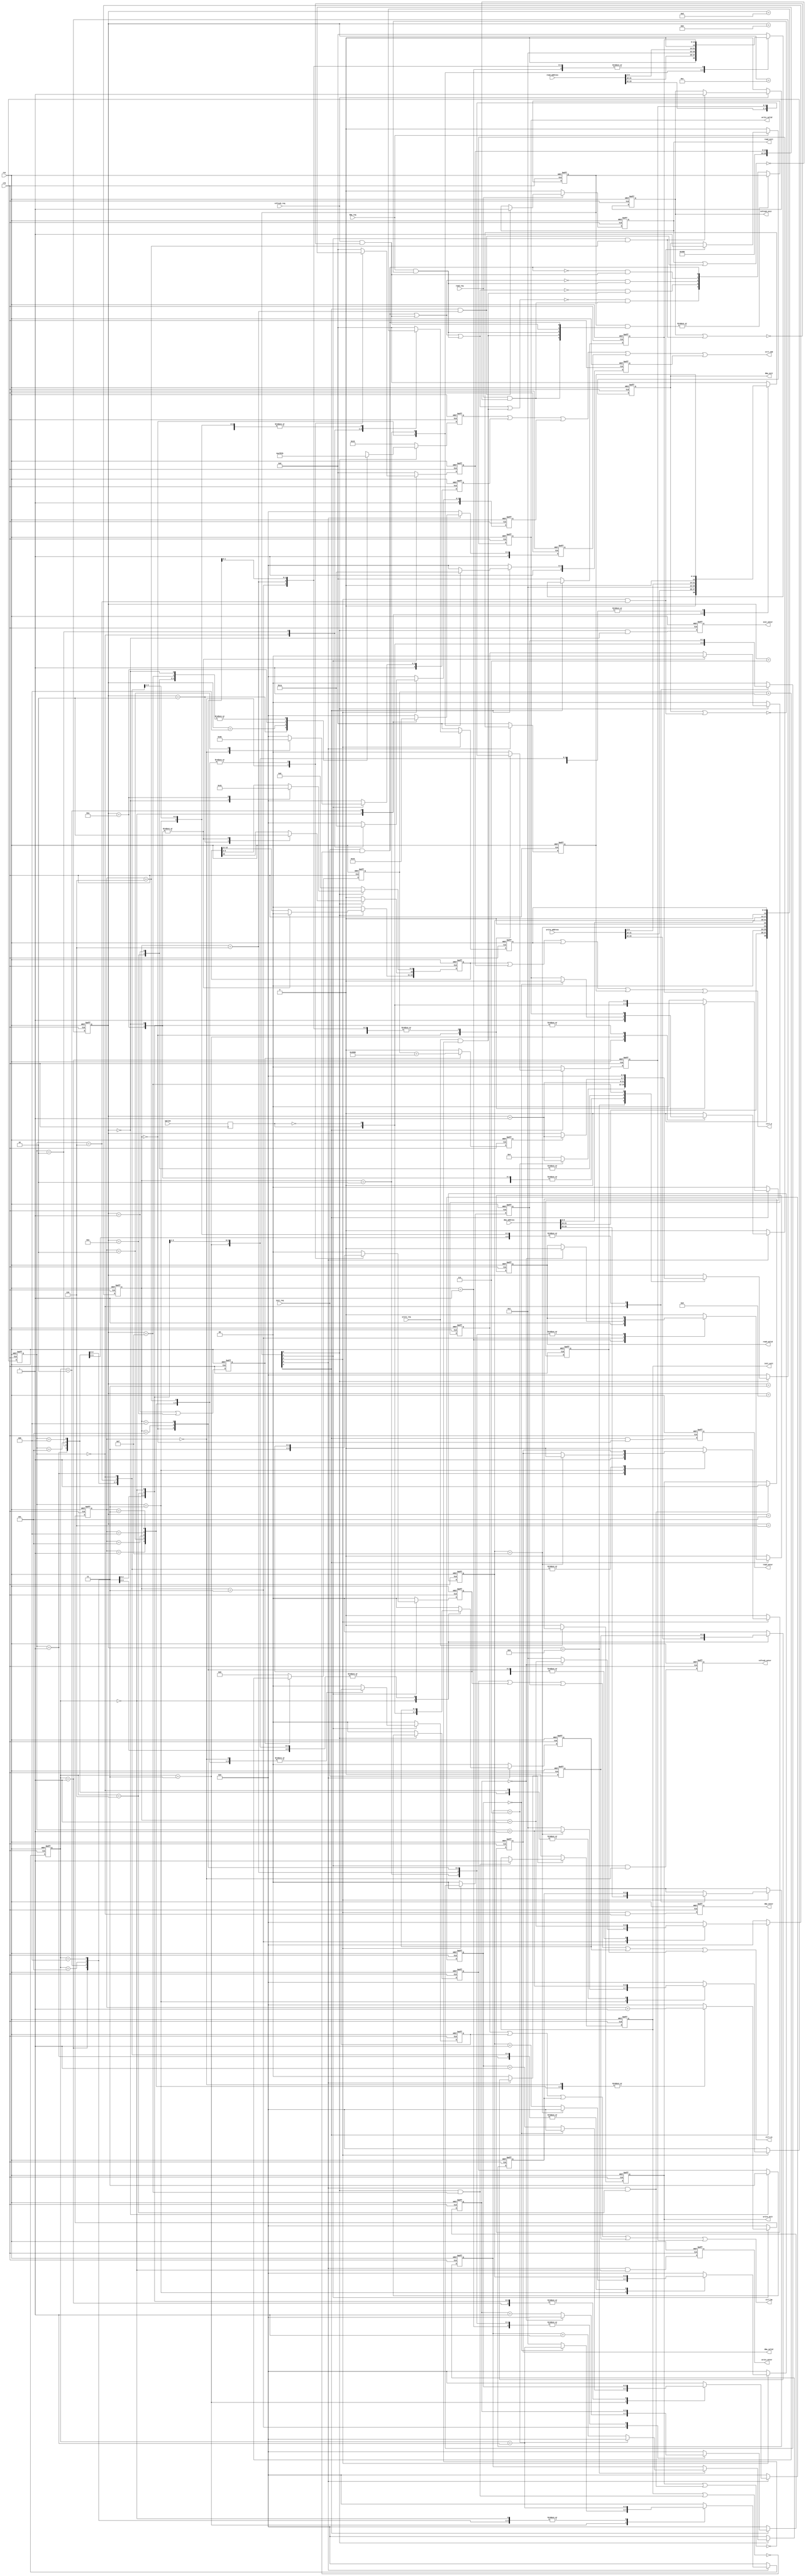

`timescale 1ps/1ps

// {cke,cs_n,ras_n,cas_n,we_n}
`define COMMAND_RES 5'b01000
`define COMMAND_NOP 5'b11000
`define COMMAND_DES 5'b10000
`define COMMAND_PAL 5'b11101
`define COMMAND_MRS 5'b11111
`define COMMAND_REF 5'b11110
`define COMMAND_ACT 5'b11100
`define COMMAND_WRI 5'b11011
`define COMMAND_REA 5'b11010

// state
`define S0 'd0
`define S1 'd1
`define S2 'd2
`define S3 'd3
`define S4 'd4
`define S5 'd5
`define S6 'd6
`define S7 'd7
`define S8 'd8
`define S9 'd9
`define S10 'd10
`define S11 'd11
`define S12 'd12
`define S13 'd13
`define S14 'd14
`define S15 'd15

module tessera_sdram_ctrl (
	res,
	clk,
	init_req,
	init_enter,
	init_exit,
	refresh_req,
	refresh_enter,
	refresh_exit,
	write_req,
	write_enter,
	write_valid,
	write_exit,
	write_address,
	read_req,
	read_enter,
	read_valid,
	read_exit,
	read_address,
	dma_req,
	dma_enter,
	dma_valid,
	dma_exit,
	dma_address,
	ctrl_cmd,
	ctrl_cs,
	ctrl_ba,
	ctrl_a,
	option
);
	input		res;
	input		clk;
	input		init_req;
	output		init_enter;
	output		init_exit;
	input		refresh_req;
	output		refresh_enter;
	output		refresh_exit;
	input		write_req;
	output		write_enter;
	output		write_valid;
	output		write_exit;
	input	[31:0]	write_address;
	input		read_req;
	output		read_enter;
	output		read_valid;
	output		read_exit;
	input	[31:0]	read_address;
	input		dma_req;
	output		dma_enter;
	output		dma_valid;
	output		dma_exit;
	input	[31:0]	dma_address;
	output	[4:0]	ctrl_cmd;
	output	[1:0]	ctrl_cs;
	output	[1:0]	ctrl_ba;
	output	[12:0]	ctrl_a;
	input		option;

	//
	// address
	//
	wire	[31:0]	next_wri_adr;
	wire	[31:0]	next_rea_adr;
	wire	[31:0]	next_dma_adr;
	//
	wire	[11:0]	next_wri_adr_col;
	wire	[11:0]	next_rea_adr_col;
	wire	[11:0]	next_dma_adr_col;
	//
	wire	[12:0]	next_wri_adr_row;
	wire	[12:0]	next_rea_adr_row;
	wire	[12:0]	next_dma_adr_row;
	//
	wire	[1:0]	next_wri_ba;
	wire	[1:0]	next_rea_ba;
	wire	[1:0]	next_dma_ba;
	//
	wire	[1:0]	next_wri_cs;
	wire	[1:0]	next_rea_cs;
	wire	[1:0]	next_dma_cs;
	//
	//assign next_wri_adr = {8'h00,write_address[23:0]}; // limit,so wishbone arbiter is pass_through uper bit
	//assign next_rea_adr = {8'h00, read_address[23:0]}; // limit,so wishbone arbiter is pass_through uper bit
	//assign next_dma_adr = {8'h00,  dma_address[23:0]}; // limit,so wishbone arbiter is pass_through uper bit

	reg		pre_option;
	always @(posedge clk) pre_option <= option;
	assign next_wri_adr = {7'h00,pre_option,write_address[23:0]};	// limit,so wishbone arbiter is pass_through uper bit
	assign next_rea_adr = {7'h00,pre_option,read_address[23:0]};	// limit,so wishbone arbiter is pass_through uper bit
	assign next_dma_adr = {7'h00,pre_option,dma_address[23:0]};	// limit,so wishbone arbiter is pass_through uper bit

	
// 64MBit: x16 SDRAM
// 12bit(A12-A11,A9-A0)	->col 8it(3bit not use)
// 13bit(A12-A0)	->row 12bit(1bit not use)
// 2bit			->ba
// 2bit			->cs
//	assign next_wri_adr_col		= {4'b0000,next_wri_adr[8:2],1'b0};
//	assign next_rea_adr_col		= {4'b0000,next_rea_adr[8:2],1'b0};
//	assign next_dma_adr_col		= {4'b0000,next_dma_adr[8:2],1'b0};
//	//
//	assign next_wri_adr_row		= {1'b0,next_wri_adr[20:9]};
//	assign next_rea_adr_row		= {1'b0,next_rea_adr[20:9]};
//	assign next_dma_adr_row		= {1'b0,next_dma_adr[20:9]};
//	//	
//	assign next_wri_ba		= next_wri_adr[22:21];
//	assign next_rea_ba		= next_rea_adr[22:21];
//	assign next_dma_ba		= next_dma_adr[22:21];
//	//
//	assign next_wri_cs		= {next_wri_adr[23],!next_wri_adr[23]};
//	assign next_rea_cs		= {next_rea_adr[23],!next_rea_adr[23]};
//	assign next_dma_cs		= {next_dma_adr[23],!next_dma_adr[23]};


// 128MBit: x16 SDRAM
// 12bit(A12-A11,A9-A0)	->col 9it(3bit not use)
// 13bit(A12-A0)	->row 12bit(1bit not use)
// 2bit			->ba
// 2bit			->cs
 	assign next_wri_adr_col		= {3'b000,next_wri_adr[9:2],1'b0};
	assign next_rea_adr_col		= {3'b000,next_rea_adr[9:2],1'b0};
	assign next_dma_adr_col		= {3'b000,next_dma_adr[9:2],1'b0};
	//
	assign next_wri_adr_row		= {1'b0,next_wri_adr[21:10]};
	assign next_rea_adr_row		= {1'b0,next_rea_adr[21:10]};
	assign next_dma_adr_row		= {1'b0,next_dma_adr[21:10]};
	//	
	assign next_wri_ba		= next_wri_adr[23:22];
	assign next_rea_ba		= next_rea_adr[23:22];
	assign next_dma_ba		= next_dma_adr[23:22];
	//
	assign next_wri_cs		= {next_wri_adr[24],!next_wri_adr[24]};
	assign next_rea_cs		= {next_rea_adr[24],!next_rea_adr[24]};
	assign next_dma_cs		= {next_dma_adr[24],!next_dma_adr[24]};

// 256MBit: x16 SDRAM
// 12bit(A12-A11,A9-A0)	->col 9it(3bit not use)
// 13bit(A12-A0)	->row 13bit
// 2bit			->ba
// 2bit			->cs
// 	assign next_wri_adr_col		= {3'b000,next_wri_adr[9:2],1'b0};
//	assign next_rea_adr_col		= {3'b000,next_rea_adr[9:2],1'b0};
//	assign next_dma_adr_col		= {3'b000,next_dma_adr[9:2],1'b0};
//	//
//	assign next_wri_adr_row		= next_wri_adr[22:10];
//	assign next_rea_adr_row		= next_rea_adr[22:10];
//	assign next_dma_adr_row		= next_dma_adr[22:10];
//	//	
//	assign next_wri_ba		= next_wri_adr[24:23];
//	assign next_rea_ba		= next_rea_adr[24:23];
//	assign next_dma_ba		= next_dma_adr[24:23];
//	//
//	assign next_wri_cs		= {next_wri_adr[25],!next_wri_adr[25]};
//	assign next_rea_cs		= {next_rea_adr[25],!next_rea_adr[25]};
//	assign next_dma_cs		= {next_dma_adr[25],!next_dma_adr[25]};

	//
	// gnt execute
	//
	wire		init_eve;
	wire		write_eve;
	wire		dma_eve;
	wire		refresh_eve;
	wire		read_eve;
	wire	[4:0]	next_execute;
	reg	[4:0]	gnt_execute;
	wire		init_syn;
	wire		refresh_syn;
	wire		dma_syn;
	wire		write_syn;
	wire		read_syn;
	wire		init_fin;
	wire		refresh_fin;
	wire		dma_fin;
	wire		write_fin;
	wire		read_fin;
	//
	// initilize(0)
	//
	reg	[4:0]	ini_cmd;
	reg	[1:0]	ini_cs;
	reg	[1:0]	ini_ba;
	reg	[12:0]	ini_adr;
	reg	[3:0]	ini_sta;
	reg	[3:0]	ini_sub;
	reg		timer_enable;
	reg	[15:0]	timer;
	reg		timer_expire;
	//
	// refresh(1)
	//
	reg	[4:0]	ref_cmd;
	reg	[1:0]	ref_cs;
	reg	[1:0]	ref_ba;
	reg	[12:0]	ref_adr;
	reg	[3:0]	ref_sta;
	//
	// dma(2)
	//
	reg	[4:0]	dma_cmd;
	reg	[1:0]	dma_cs;
	reg	[1:0]	dma_ba;
	reg	[12:0]	dma_adr;
	reg	[3:0]	dma_sta;
	reg	[3:0]	dma_sub;
	reg		dma_val;
	//
	// write(3)
	//
	reg	[4:0]	wri_cmd;
	reg	[1:0]	wri_cs;
	reg	[1:0]	wri_ba;
	reg	[12:0]	wri_adr;
	reg	[3:0]	wri_sta;
	reg	[3:0]	wri_sub;
	reg		wri_val;
	//
	// read(4)
	//
	reg	[4:0]	rea_cmd;
	reg	[1:0]	rea_cs;
	reg	[1:0]	rea_ba;
	reg	[12:0]	rea_adr;
	reg	[3:0]	rea_sta;
	reg	[3:0]	rea_sub;
	reg		rea_val;
	//
	// output signal
	//
	reg		init_enter;
	reg		refresh_enter;
	reg		dma_enter;
	reg		write_enter;
	reg		read_enter;
	//
	reg		init_exit;
	reg		refresh_exit;
	reg		dma_exit;		
	reg		write_exit;
	reg		read_exit;
//
// bus arbitor
//
	//
	// external bus fast release
	//
	assign    init_eve	=    init_req && !(   init_exit||   init_fin);
	assign   write_eve	=   write_req && !(  write_exit||  write_fin);
	assign     dma_eve	=     dma_req && !(    dma_exit||    dma_fin);
	assign refresh_eve	= refresh_req && !(refresh_exit||refresh_fin);
	assign    read_eve	=    read_req && !(   read_exit||   read_fin);
	assign next_execute = {
		 !(init_eve||refresh_eve||dma_eve||write_eve) &&    read_eve,	// low priority
		 !(init_eve||refresh_eve||dma_eve)            &&   write_eve,
		 !(init_eve||refresh_eve)                     &&     dma_eve,
		 !(init_eve)                                  && refresh_eve,
		                                                    init_eve	// high priority
	};
	always @(posedge clk or posedge res)
		if (res) gnt_execute <= 5'b00000;
		else if (
			!(
				|(gnt_execute[4:0]&{read_eve,write_eve,dma_eve,refresh_eve,init_eve})
			)
		) gnt_execute <= next_execute;
	//
	// external bus slow release
	//
	//assign next_execute = {
	//	 !(init_req||refresh_req||dma_req||write_req) && read_req,	// low priority
	//	 !(init_req||refresh_req||dma_req)            && write_req,
	//	 !(init_req||refresh_req)                     && dma_req,
	//	 !(init_req)                                  && refresh_req,
	//	                                                 init_req	// high priority
	//};
	//always @(posedge clk or posedge res)
	//	if (res) gnt_execute <= 5'b00000;
	//	else if (
	//		!(
	//			|(gnt_execute[4:0]&{read_req,write_req,dma_req,refresh_req,init_req})
	//		)
	//	) gnt_execute <= next_execute;
//
// output signal
//
	assign    init_syn	= (gnt_execute[0]&&(ini_sta==`S0));
	assign refresh_syn	= (gnt_execute[1]&&(ref_sta==`S0));
	assign     dma_syn	= (gnt_execute[2]&&(dma_sta==`S0));
	assign   write_syn	= (gnt_execute[3]&&(wri_sta==`S0));
	assign    read_syn	= (gnt_execute[4]&&(rea_sta==`S0));

	assign    init_fin	= (gnt_execute[0]&&(ini_sta==`S15));
	assign refresh_fin	= (gnt_execute[1]&&(ref_sta==`S6));
	assign     dma_fin	= (gnt_execute[2]&&(dma_sta==`S6));
	assign   write_fin	= (gnt_execute[3]&&(wri_sta==`S6));
	assign    read_fin	= (gnt_execute[4]&&(rea_sta==`S6));

	always @(posedge clk or posedge res)
		if (res) begin
			init_enter	<= 1'b0;
			refresh_enter	<= 1'b0;
			dma_enter	<= 1'b0;
			write_enter	<= 1'b0;
			read_enter	<= 1'b0;
			//
			init_exit	<= 1'b0;
			refresh_exit	<= 1'b0;
			dma_exit	<= 1'b0;
			write_exit	<= 1'b0;
			read_exit	<= 1'b0;
		end
		else begin
			init_enter	<=    init_syn;
			refresh_enter	<= refresh_syn;
			dma_enter	<=     dma_syn;
			write_enter	<=   write_syn;
			read_enter	<=    read_syn;
			//
			//init_exit	<=    init_fin;								//external bus slow release
			//refresh_exit	<= refresh_fin;								//external bus slow release
			//dma_exit	<=     dma_fin;								//external bus slow release
			//write_exit	<=   write_fin;								//external bus slow release
			//read_exit	<=    read_fin;								//external bus slow release
			init_exit	<= (!   init_req) ? 1'b0: (   init_fin) ? 1'b1:    init_exit;		//external bus fast release
			refresh_exit	<= (!refresh_req) ? 1'b0: (refresh_fin) ? 1'b1: refresh_exit;		//external bus fast release
			dma_exit	<= (!    dma_req) ? 1'b0: (    dma_fin) ? 1'b1:     dma_exit;		//external bus fast release
			write_exit	<= (!  write_req) ? 1'b0: (  write_fin) ? 1'b1:   write_exit;		//external bus fast release
			read_exit	<= (!   read_req) ? 1'b0: (   read_fin) ? 1'b1:    read_exit;		//external bus fast release
		end
	assign ctrl_cmd		= ini_cmd | ref_cmd | dma_cmd | wri_cmd | rea_cmd;
	assign ctrl_cs		= ini_cs  | ref_cs  | dma_cs  | wri_cs  | rea_cs;
	assign ctrl_ba		= ini_ba  | ref_ba  | dma_ba  | wri_ba  | rea_ba;
	assign ctrl_a		= ini_adr | ref_adr | dma_adr | wri_adr | rea_adr;
	assign dma_valid	= dma_val;
	assign read_valid	= rea_val;
	assign write_valid	= wri_val;
//
// initilize(0)
//
	always @(posedge clk or posedge res)
		if (res)  timer_enable <= 1'b0;
		else      timer_enable <= (ini_sta==`S1)||(ini_sta==`S14);
	always @(posedge clk or posedge res)
		if (res) 		timer <= 16'd0;
		else if (!timer_enable)	timer <= 16'd0;
		else			timer <= timer + 16'd1;
	always @(posedge clk or posedge res)
		if (res)		timer_expire <= 1'b0;
		else if (!timer_enable)	timer_expire <= 1'b0;
		else 			timer_expire <= (timer==16'd16384);
	always @(posedge clk or posedge res)
		if (res) begin
			ini_cmd	<= `COMMAND_RES;
			ini_cs	<= 2'b11;		// all cs
			ini_ba	<= 2'b00;
			ini_adr	<= 13'd0;
			ini_sta	<= `S0;
			ini_sub <= `S0;
		end
		else if (!gnt_execute[0]) begin
			ini_cmd	<= `COMMAND_DES;
			ini_cs	<= 2'b00;
			ini_ba	<= 2'b00;
			ini_adr	<= 13'd0;
			ini_sta	<= `S0;
			ini_sub <= `S0;
		end
		else case (ini_sta[3:0])
			`S0: begin							// power on
				ini_cmd	<= `COMMAND_DES;
				ini_cs	<= 2'b11; // all cs
				ini_ba	<= 2'b00;
				ini_adr	<= 13'd0;
				ini_sta	<= ini_sta + 4'd1;
			end
			`S1: begin
				ini_cmd	<= `COMMAND_DES;
				if (timer_expire) ini_sta <= ini_sta + 4'd1;		// wait
			end
			`S2: begin							// init sequence
				ini_cmd	<= `COMMAND_PAL;
				ini_adr[10] <= 1'b1;
				ini_sta	<= ini_sta + 4'd1;
			end
			`S3: begin
				ini_cmd	<= `COMMAND_DES;
				//ini_adr[10] <= 1'b0;
				ini_sta	<= ini_sta + 4'd1;
			end
			`S4: begin
				ini_cmd	<= `COMMAND_REF;
				ini_sta	<= ini_sta + 4'd1;
			end
			`S5: begin
				ini_cmd	<= `COMMAND_DES;
				ini_sta	<= ini_sta + 4'd1;
			end
			`S6,`S7,`S8: begin
				ini_cmd	<= `COMMAND_DES;
				ini_sta	<= ini_sta + 4'd1;
			end
			`S9: begin
				ini_cmd	<= `COMMAND_DES;
				if (ini_sub==`S7) begin
					ini_sub <= `S0;
					ini_sta	<= ini_sta + 4'd1;
				end
				else begin
					ini_sub <= ini_sub + 3'd1;
					ini_sta	<= `S4;
				end
			end
			`S10: begin
				ini_cmd	<= `COMMAND_MRS;
				ini_ba	<= 2'b00;		//Reserved
                                ini_adr <= {
				       5'b0_0000,		//Reserved
				       1'b0,			//Reserved(0)
				       //3'b010,		//CL(2)
				       3'b011,			//CL(3)
				       1'b0,			//BurstType,
				       3'b001			//RDModeBurstLength
				};
				ini_sta	<= ini_sta + 4'd1;
			end
			`S11: begin
				ini_cmd	<= `COMMAND_DES;
				ini_sta	<= ini_sta + 4'd1;
			end
			`S12,`S13: begin
				ini_cmd	<= `COMMAND_DES;
				ini_sta	<= ini_sta + 4'd1;
			end
			`S14: begin
				ini_cmd	<= `COMMAND_DES;
				if (timer_expire) ini_sta <= ini_sta + 4'd1;		// wait
			end
			`S15: begin
				ini_cmd	<= `COMMAND_DES;
				ini_sta <= `S0;				//external bus fast releas
				//if (!init_req) ini_sta <= `S0;	//external bus slow release
			end
			default: begin
				ini_cmd	<= `COMMAND_DES;
				ini_cs	<= 2'b00;
				ini_ba	<= 2'b00;
				ini_adr	<= 13'd0;
				ini_sta	<= `S0;
			end
		endcase
//
// refresh(1)
//
	always @(posedge clk or posedge res)
		if (res) begin
			ref_cmd	<= `COMMAND_RES;
			ref_cs	<= 2'b11; // all cs
			ref_ba	<= 2'b00;
			ref_adr	<= 13'd0;
			ref_sta	<= `S0;
		end
		else if (!gnt_execute[1]) begin
			ref_cmd	<= `COMMAND_DES;
			ref_cs	<= 2'b00;
			ref_ba	<= 2'b00;
			ref_adr	<= 13'd0;
			ref_sta	<= `S0;
		end
		else case (ref_sta[3:0])
			`S0: begin
				ref_cmd	<= `COMMAND_PAL;
				ref_cs	<= 2'b11;				// all cs
				//ref_ba	<= 2'b00;
				ref_adr	<= {2'b00,1'b1,10'b00_0000_0000};	// all bank
				ref_sta	<= ref_sta + 4'd1;
			end
			`S1: begin
				ref_cmd	<= `COMMAND_DES; // tRP
				ref_sta	<= ref_sta + 4'd1;
			end
			`S2: begin
				ref_cmd	<= `COMMAND_REF;
				ref_sta	<= ref_sta + 4'd1;
			end
			`S3,`S4,`S5: begin // tRC
				ref_cmd	<= `COMMAND_DES;
				ref_sta	<= ref_sta + 4'd1;
			end
			`S6: begin
				ref_cmd	<= `COMMAND_DES;
				ref_sta <= `S0;				//external bus fast releas
				//if (!refresh_req) ref_sta <= `S0;	//external bus slow release
			end
			default: begin
				ref_cmd	<= `COMMAND_DES;
				ref_cs	<= 2'b00;
				ref_ba	<= 2'b00;
				ref_adr	<= 13'd0;
				ref_sta	<= `S0;
			end
		endcase
//
// dma(2)
//
	always @(posedge clk or posedge res)
		if (res) begin
			dma_cmd	<= `COMMAND_RES;
			dma_cs	<= 2'b11; // all cs
			dma_ba	<= 2'b00;
			dma_adr	<= 13'd0;
			dma_sta	<= `S0;
			dma_sub <= `S0;
			dma_val <= 1'b0;
		end
		else if (!gnt_execute[2]) begin
			dma_cmd	<= `COMMAND_DES;
			dma_cs	<= 2'b00;
			dma_ba	<= 2'b00;
			dma_adr	<= 13'd0;
			dma_sta <= `S0;
			dma_sub <= `S0;
			dma_val <= 1'b0;
		end
		else case (dma_sta[3:0])
			`S0: begin
				dma_cmd	<= `COMMAND_ACT;
				dma_cs	<= next_dma_cs;	 // only target cs
				dma_ba	<= next_dma_ba;
				dma_adr	<= next_dma_adr_row;
				dma_sta	<= dma_sta + 4'd1;
			end
			`S1: begin
				dma_cmd	<= `COMMAND_DES; // tRCD
				dma_sta	<= dma_sta + 4'd1;
				dma_val <= 1'b1;
			end
			`S2: begin // r1
				dma_cmd	<= `COMMAND_REA;
				//dma_adr <= {next_dma_adr_col[11:10],(dma_sub==`S7),next_dma_adr_col[9:4],dma_sub[2:0],1'b0}; // 8times&auto-precharge(last)
				dma_adr <= {next_dma_adr_col[11:10],(dma_sub==`S15),next_dma_adr_col[9:5],dma_sub[3:0],1'b0}; // 16times&auto-precharge(last)
				dma_sta	<= dma_sta + 4'd1;
			end
			`S3: begin
				dma_cmd	<= `COMMAND_DES;
				//if (dma_sub==`S7) begin
				if (dma_sub==`S15) begin
					dma_sub <= `S0;
					dma_sta <= dma_sta + 4'd1;
					dma_val <= 1'b0;
				end
				else begin
					dma_sub <= dma_sub + 4'd1;
					dma_sta <= `S2;
				end
			end
			`S4,`S5: begin
				dma_cmd	<= `COMMAND_DES;
				dma_sta	<= dma_sta + 4'd1;
			end
			`S6: begin
				dma_cmd	<= `COMMAND_DES;
				dma_sta <= `S0;				//external bus fast releas
				//if (!dma_req) dma_sta <= `S0;		//external bus slow release
			end
			default: begin
				dma_cmd	<= `COMMAND_DES;
				dma_cs	<= 2'b00;
				dma_ba	<= 2'b00;
				dma_adr	<= 13'd0;
				dma_sta <= `S0;
				dma_sub <= `S0;
				dma_val <= 1'b0;
			end
		endcase
//
// write(3)
//
	always @(posedge clk or posedge res)
		if (res) begin
			wri_cmd	<= `COMMAND_RES;
			wri_cs	<= 2'b11; // all cs
			wri_ba	<= 2'b00;
			wri_adr	<= 13'd0;
			wri_sta	<= `S0;
			wri_sub <= `S0;
			wri_val <= 1'b0;
		end
		else if (!gnt_execute[3]) begin
			wri_cmd	<= `COMMAND_DES;
			wri_cs	<= 2'b00;
			wri_ba	<= 2'b00;
			wri_adr	<= 13'd0;
			wri_sta	<= `S0;
			wri_sub <= `S0;
			wri_val <= 1'b0;
		end
		else case (wri_sta[3:0])
			`S0: begin
				wri_cmd	<= `COMMAND_ACT;
				wri_cs	<= next_wri_cs;	// only target cs
				wri_ba	<= next_wri_ba;
				wri_adr	<= next_wri_adr_row;
				wri_sta	<= wri_sta + 4'd1;
			end
			`S1: begin
				wri_cmd	<= `COMMAND_DES; // tRCD
				wri_sta	<= wri_sta + 4'd1;
				wri_val <= 1'b1;
			end
			`S2: begin
				wri_cmd	<= `COMMAND_WRI;
				//wri_adr <= {next_wri_adr_col[11:10],1'b1,next_wri_adr_col[9:2],2'b00};
				wri_adr <= {next_wri_adr_col[11:10],1'b1,next_wri_adr_col[9:0]};
				wri_sta	<= wri_sta + 4'd1;
			end
			`S3: begin
				wri_cmd	<= `COMMAND_DES;
				if (wri_sub==`S0) begin
					wri_sub <= `S0;
					wri_sta <= wri_sta + 4'd1;
					wri_val <= 1'b0;
				end
				else begin
					wri_sub <= wri_sub + 4'd1;
					wri_sta <= `S2;
				end
			end
			`S4,`S5: begin
				wri_cmd	<= `COMMAND_DES;
				wri_sta	<= wri_sta + 4'd1;
			end
			`S6: begin
				wri_cmd	<= `COMMAND_DES;
				wri_sta <= `S0;				//external bus fast releas
				//if (!write_req) wri_sta <= `S0;	//external bus slow release
			end
			default: begin
				wri_cmd	<= `COMMAND_DES;
				wri_cs	<= 2'b00;
				wri_ba	<= 2'b00;
				wri_adr	<= 13'd0;
				wri_sta	<= `S0;
				wri_sub <= `S0;
				wri_val <= 1'b0;
			end
		endcase
//
// read(4)
//
	always @(posedge clk or posedge res)
		if (res) begin
			rea_cmd	<= `COMMAND_RES;
			rea_cs	<= 2'b11;		// all cs
			rea_ba	<= 2'b00;
			rea_adr	<= 13'd0;
			rea_sta	<= `S0;
			rea_sub <= `S0;
			rea_val <= 1'b0;
		end
		else if (!gnt_execute[4]) begin
			rea_cmd	<= `COMMAND_DES;
			rea_cs	<= 2'b00;
			rea_ba	<= 2'b00;
			rea_adr	<= 13'd0;
			rea_sta <= `S0;
			rea_sub <= `S0;
			rea_val <= 1'b0;
		end
		else case (rea_sta[3:0])
			`S0: begin
				rea_cmd	<= `COMMAND_ACT;
				rea_cs	<= next_rea_cs;		// only target cs
				rea_ba	<= next_rea_ba;
				rea_adr	<= next_rea_adr_row;
				rea_sta	<= rea_sta + 4'd1;
			end
			`S1: begin
				rea_cmd	<= `COMMAND_DES; // tRCD
				rea_sta	<= rea_sta + 4'd1;
				rea_val <= 1'b1;
			end
			`S2: begin
				rea_cmd	<= `COMMAND_REA;
				//rea_adr <= {next_rea_adr_col[11:10],1'b1,next_rea_adr_col[9:2],2'b00};
				rea_adr <= {next_rea_adr_col[11:10],1'b1,next_rea_adr_col[9:0]};
				rea_sta	<= rea_sta + 4'd1;
			end
			`S3: begin
				rea_cmd	<= `COMMAND_DES;
				if (rea_sub==`S0) begin
					rea_sub <= `S0;
					rea_sta <= rea_sta + 4'd1;
					rea_val <= 1'b0;
				end
				else begin
					rea_sub <= rea_sub + 4'd1;
					rea_sta <= `S2;
				end
			end
			`S4,`S5: begin
				rea_cmd	<= `COMMAND_DES;
				rea_sta	<= rea_sta + 4'd1;
			end
			`S6: begin
				rea_cmd	<= `COMMAND_DES;
				rea_sta <= `S0;				//external bus fast release
				//if (!read_req) rea_sta <= `S0;	//external bus slow release
			end
			default: begin
				rea_cmd	<= `COMMAND_DES;
				rea_cs	<= 2'b00;
				rea_ba	<= 2'b00;
				rea_adr	<= 13'd0;
				rea_sta <= `S0;
				rea_sub <= `S0;
				rea_val <= 1'b0;
			end
		endcase

endmodule

module tessera_sdram_core (
	res,
	clk,
	write_req,
	write_byte,
	write_address,
	write_data,
	write_ack,
	read_req,
	read_byte,
	read_address,
	read_data,
	read_ack,
	dma_req,
	dma_address,
	dma_ack,
	dma_exist,
	dma_data,
	sdram_clk,
	sdram_cke,
	sdram_cs_n,
	sdram_ras_n,
	sdram_cas_n,
	sdram_we_n,
	sdram_dqm,
	sdram_ba,
	sdram_adr,
	sdram_d_i,
	sdram_d_oe,
	sdram_d_o,
	//
	option
);
	input		res;
	input		clk;
	input		write_req;
	input	[3:0]	write_byte;
	input	[31:0]	write_address;
	input	[31:0]	write_data;
	output		write_ack;
	input		read_req;
	input	[3:0]	read_byte;
	input	[31:0]	read_address;
	output	[31:0]	read_data;
	output		read_ack;
	input		dma_req;
	input	[31:0]	dma_address;
	output		dma_ack;
	output		dma_exist;
	output	[15:0]	dma_data;
	output		sdram_clk;
	output		sdram_cke;
	output	[1:0]	sdram_cs_n;
	output		sdram_ras_n;
	output		sdram_cas_n;
	output		sdram_we_n;
	output	[1:0]	sdram_dqm;
	output	[1:0]	sdram_ba;
	output	[12:0]	sdram_adr;
	input	[15:0]	sdram_d_i;
	output	[15:0]	sdram_d_oe;
	output	[15:0]	sdram_d_o;
	input		option;

	// init requester
	reg		init_req;
	wire		init_exit;
	always @(posedge clk or posedge res)
		if (res)		init_req <= 1'b1;
		else if (init_exit)	init_req <= 1'b0;

	// refresh requester
	reg	[7:0]	refresh_timer;
	wire		refresh_timer_expire;
	reg		refresh_req;
	wire		refresh_exit;
	assign refresh_timer_expire = (refresh_timer==8'd255);
	//assign refresh_timer_expire = (refresh_timer==8'd127);
	//assign refresh_timer_expire = (refresh_timer==8'd64);

	always @(posedge clk or posedge res)
		if (res)			refresh_timer <= 8'd0;
		else if (refresh_timer_expire)	refresh_timer <= 8'd0;
		else				refresh_timer <= refresh_timer + 8'd1;
	always @(posedge clk or posedge res)
		if (res)			refresh_req <= 1'b1;
		else if (refresh_exit)		refresh_req <= 1'b0;
		else if (refresh_timer_expire)	refresh_req <= 1'b1; // test is 0

	// input pre_rgiter(must include IOB)
	reg	[15:0]	ctrl_rd;
	always @(posedge clk or posedge res)
		if (res) begin
			ctrl_rd <= {2{8'h00}};
		end
		else begin
			ctrl_rd <= sdram_d_i;
		end
	
	// sdram_ctrl
	wire		write_enter;
	wire		write_exit;
	wire		write_valid;
	wire		read_enter;
	wire		read_valid;
	wire		read_exit;
	wire		dma_enter;
	wire		dma_exit;
	wire		dma_valid;
	wire	[4:0]	ctrl_cmd;
	wire	[1:0]	ctrl_cs;
	wire	[1:0]	ctrl_ba;
	wire	[12:0]	ctrl_a;
	tessera_sdram_ctrl i_tessera_sdram_ctrl (
		.res(		res),
		.clk(		clk),
		.init_req(	init_req),
		.init_enter(	/* not used */),
		.init_exit(	init_exit),
		.refresh_req(	refresh_req),
		.refresh_enter(	/* not used */),
		.refresh_exit(	refresh_exit),
		.write_req(	write_req),
		.write_enter(	write_enter),
		.write_valid(	/* not used */),
		.write_exit(	write_exit),
		.write_address(	write_address),
		.read_req(	read_req),
		.read_enter(	read_enter),
		.read_valid(	read_valid),
		.read_exit(	read_exit),
		.read_address(	read_address),
		.dma_req(	dma_req),
		.dma_enter(	dma_enter),
		.dma_exit(	dma_exit),
		.dma_valid(	dma_valid),
		.dma_address(	dma_address),
		.ctrl_cmd(	ctrl_cmd),
		.ctrl_cs(	ctrl_cs),
		.ctrl_ba(	ctrl_ba),
		.ctrl_a(	ctrl_a),
		.option(	option)
	);

	reg	[3:0]	read_exit_z;
	always @(posedge clk or posedge res)
		if (res) read_exit_z <= 4'b0000;
		else     read_exit_z <= {read_exit_z[2:0],read_exit};
	//assign read_ack	= read_exit_z[2]; // when latency 2 data&ack just
	assign read_ack		= read_exit_z[3]; // when latency 3 data&ack just
	assign write_ack	= write_exit;	// is ff_signal
	assign dma_ack		= dma_exit;	// is ff_signal

	// input valiad signal
	reg	[5:0]	dma_valid_z;
	reg	[5:0]	read_valid_z;
	always @(posedge clk or posedge res)
		if (res) begin
			dma_valid_z <= 6'b0_0000;
			read_valid_z <= 6'b0_0000;
		end
		else begin
			dma_valid_z <= {dma_valid_z[4:0],dma_valid};
			read_valid_z <= {read_valid_z[4:0],read_valid};
		end
	
	// enter signals
	reg		write_enter_z;
	reg	[8:0]	read_enter_z;
	reg	[8:0]	dma_enter_z;
	always @(posedge clk or posedge res)
		if (res) begin
			write_enter_z	<= 1'b0;
			read_enter_z	<= {9{1'b0}};
			dma_enter_z	<= {9{1'b0}};
		end
		else begin
			write_enter_z	<= write_enter;
			read_enter_z	<= {read_enter_z[7:0],read_enter};
			dma_enter_z	<= {dma_enter_z[7:0],dma_enter};
		end
		
	// WRITE BUFFER(LongAccess)
	reg	[3:0]	write_byte_temp;
	reg	[31:0]	write_data_temp;
	always @(posedge clk or posedge res)
		if (res) begin
			write_byte_temp <= {4{1'b0}};
			write_data_temp <= {4{8'h00}};
		end
		else begin
			write_byte_temp <= (write_enter_z) ? write_byte: {write_byte_temp[1:0],2'b00};				// write_dqm is none-latehcy(always)
			write_data_temp <= (write_enter_z) ? write_data: {write_data_temp[15:0],16'h00_00};
		end

	// READ BUFFER(LongAccess)
	reg	[3:0]	read_byte_temp;
	reg	[31:0]	read_data_temp;
	always @(posedge clk or posedge res)
		if (res) begin
			read_byte_temp <= {4{1'b0}};
			read_data_temp <= {4{8'h00}};
		end
		else begin
			//read_byte_temp <= (read_enter_z[0]) ? read_byte: {read_byte_temp[1:0],2'b00};				// read_dqm is 2latency
			read_byte_temp <= (read_enter_z[1]) ? read_byte: {read_byte_temp[1:0],2'b00};				// read_dqm is 3latency
			//read_data_temp <= (read_valid_z[4]) ? {read_data_temp[15:0],ctrl_rd}: read_data_temp;			// latch data(2latency)
			read_data_temp <= (read_valid_z[5]) ? {read_data_temp[15:0],ctrl_rd}: read_data_temp;			// latch data(3latency)
		end
	assign read_data = read_data_temp;

	// DMA BUFFER(8 x LongInt)
	reg	[63:0]	dma_byte_temp;
	reg	[15:0]	dma_data_temp;
	reg		dma_exist_temp;
	always @(posedge clk or posedge res)
		if (res) begin
			dma_byte_temp <= {64{1'b0}};
			dma_data_temp <= {2{8'h00}};
			dma_exist_temp <= 1'b0;
		end
		else begin
			//dma_byte_temp <= (dma_enter_z[0]) ? 64'hffff_ffff_ffff_ffff: {dma_byte_temp[61:0],2'b00};		// read_dqm is 2latency
			dma_byte_temp <= (dma_enter_z[1]) ? 64'hffff_ffff_ffff_ffff: {dma_byte_temp[61:0],2'b00};		// read_dqm is 3latency
			//dma_data_temp <= (dma_valid_z[4]) ? ctrl_rd: dma_data_temp;						// latch data(2latency)
			//dma_exist_temp <= dma_valid_z[4];									// flag(2latency)
			dma_data_temp <= (dma_valid_z[5]) ? ctrl_rd: dma_data_temp;						// latch data(3latency)
			dma_exist_temp <= dma_valid_z[5];									// flag(3latency)
		end
	assign dma_exist = dma_exist_temp;
	assign dma_data  = dma_data_temp;

	// output final regiter(must include IOB)
	reg		sdram_cke;
	reg	[1:0]	sdram_cs_n;
	reg		sdram_ras_n;
	reg		sdram_cas_n;
	reg		sdram_we_n;
	reg	[1:0]	sdram_dqm;
	reg	[1:0]	sdram_ba;
	reg	[12:0]	sdram_adr;
	reg	[15:0]	sdram_d_oe;
	reg	[15:0]	sdram_d_o;
	assign sdram_clk = clk;
	always @(posedge clk or posedge res)
		if (res) begin
			sdram_cke	<= 1'b0;
			sdram_cs_n	<= 1'b0;
			sdram_ras_n	<= 1'b1;
			sdram_cas_n	<= 1'b1;
			sdram_we_n	<= 1'b1;
			sdram_dqm	<= {2{1'b1}};
			sdram_ba	<= 2'b00;
			sdram_adr	<= 13'd0;
			sdram_d_oe	<= {2{8'h00}};
			sdram_d_o	<= {2{8'h00}};
		end
		else begin
			sdram_cke	<= ctrl_cmd[4];
			sdram_cs_n	<= ~(ctrl_cs&{2{ctrl_cmd[3]}});
			sdram_ras_n	<= !ctrl_cmd[2];
			sdram_cas_n	<= !ctrl_cmd[1];
			sdram_we_n	<= !ctrl_cmd[0];
			sdram_dqm	<= ~( {(write_byte_temp[3]||read_byte_temp[3]||dma_byte_temp[63]),(write_byte_temp[2]||read_byte_temp[2]||dma_byte_temp[62])} );
			sdram_ba	<= ctrl_ba&{2{ctrl_cmd[3]}};
			sdram_adr	<= ctrl_a&{13{ctrl_cmd[3]}};
			sdram_d_oe	<= { {8{write_byte_temp[3]}},{8{write_byte_temp[2]}} };
			sdram_d_o	<= write_data_temp[31:16];
		end
endmodule

module tessera_sdram_wbif (
	res,
	clk,
	wb_cyc_i,
	wb_stb_i,
	wb_adr_i,
	wb_sel_i,
	wb_we_i,
	wb_dat_i,
	wb_cab_i,
	wb_dat_o,
	wb_ack_o,
	wb_err_o,
	write_req,
	write_byte,
	write_address,
	write_data,
	write_ack,
	read_req,
	read_byte,
	read_address,
	read_data,
	read_ack
);
	input		res;
	input		clk;
	input		wb_cyc_i;
	input		wb_stb_i;
	input	[31:0]	wb_adr_i;
	input	[3:0]	wb_sel_i;
	input		wb_we_i;
	input	[31:0]	wb_dat_i;
	input		wb_cab_i;
	output	[31:0]	wb_dat_o;
	output		wb_ack_o;
	output		wb_err_o;
	output		write_req;
	output	[3:0]	write_byte;
	output	[31:0]	write_address;
	output	[31:0]	write_data;
	input		write_ack;
	output		read_req;
	output	[3:0]	read_byte;
	output	[31:0]	read_address;
	input	[31:0]	read_data;
	input		read_ack;
	//
	//
	//
	assign wb_err_o = 1'b0;
	//
	//
	//
	reg		write_ack_z;
	reg		read_ack_z;
	reg		wb_ack;
	always @(posedge clk or posedge res)
		if (res)	write_ack_z <= 1'b0;
		else		write_ack_z <= write_ack;
	always @(posedge clk or posedge res)
		if (res)	read_ack_z <= 1'b0;
		else		read_ack_z <= read_ack;
	always @(posedge clk or posedge res)
		if (res)	wb_ack <= 1'b0;
		//else		wb_ack <= (write_ack_z&&!write_ack)||(read_ack_z&&!read_ack); // release negedge ack(late)
		else		wb_ack <= (!write_ack_z&&write_ack)||(!read_ack_z&&read_ack); // release posedge ack(fast)
	assign wb_ack_o = (wb_cyc_i&&wb_stb_i) ? wb_ack: 1'b0;
	//
	//
	//
	reg	[31:0]	wb_dat;
	always @(posedge clk or posedge res)
		if (res)	wb_dat <= {4{8'h00}};
		else		wb_dat <= read_data;
	assign wb_dat_o = (wb_cyc_i&&wb_stb_i) ? wb_dat[31:0]: {4{8'h00}};
	//
	//
	//
	reg	[3:0]	write_byte;
	reg	[31:0]	write_address;
	reg	[31:0]	write_data;
	//
	reg	[3:0]	read_byte;
	reg	[31:0]	read_address;
	always @(posedge clk or posedge res)
		if (res) begin
			write_byte	<= {4{1'b0}};
			write_address	<= 32'd0;
			write_data	<= {4{8'h00}};
			//
			read_byte	<= {4{1'b0}};
			read_address	<= 32'd0;
		end
		else begin
			write_byte	<= wb_sel_i;
			write_address	<= wb_adr_i; // masking controler,{8'd0,wb_adr_i[23:0]};
			write_data	<= wb_dat_i;
			//
			read_byte	<= wb_sel_i;
			read_address	<= wb_adr_i; // masking controler,{8'd0,wb_adr_i[23:0]};
		end
	//
	//
	//
	reg		write_req;
	reg		read_req;
	always @(posedge clk or posedge res)
		if (res)									write_req <= 1'b0;
		else if (write_ack)								write_req <= 1'b0;
		else if (wb_cyc_i && wb_stb_i && !wb_ack_o && !write_ack_z && wb_we_i)		write_req <= 1'b1; // wait ack low
		
	always @(posedge clk or posedge res)
		if (res)									read_req <= 1'b0;
		else if (read_ack)								read_req <= 1'b0;
		else if (wb_cyc_i && wb_stb_i && !wb_ack_o && !read_ack_z  && !wb_we_i)		read_req <= 1'b1; // wait ack low

endmodule

module tessera_sdram (
	sys_wb_res,
	sys_wb_clk,
	sys_sdram_res,
	sys_sdram_clk,
	wb_cyc_i,
	wb_stb_i,
	wb_adr_i,
	wb_sel_i,
	wb_we_i,
	wb_dat_i,
	wb_cab_i,
	wb_dat_o,
	wb_ack_o,
	wb_err_o,
	dma_req,
	dma_address,
	dma_ack,
	dma_exist,
	dma_data,
	sdram_clk,
	sdram_cke,
	sdram_cs_n,
	sdram_ras_n,
	sdram_cas_n,
	sdram_we_n,
	sdram_dqm,
	sdram_ba,
	sdram_a,
	sdram_d_i,
	sdram_d_oe,
	sdram_d_o,
	//
	option
);
	// system
	input		sys_wb_res;
	input		sys_wb_clk;
	input		sys_sdram_res;
	input		sys_sdram_clk;
	// WishBone Slave
	input		wb_cyc_i;
	input		wb_stb_i;
	input	[31:0]	wb_adr_i;
	input	[3:0]	wb_sel_i;
	input		wb_we_i;
	input	[31:0]	wb_dat_i;
	input		wb_cab_i;
	output	[31:0]	wb_dat_o;
	output		wb_ack_o;
	output		wb_err_o;
	// Dma
	input		dma_req;
	input	[31:0]	dma_address;
	output		dma_ack;
	output		dma_exist;
	output	[15:0]	dma_data;
	// External SDRAM
	output		sdram_clk;
	output		sdram_cke;
	output	[1:0]	sdram_cs_n;
	output		sdram_ras_n;
	output		sdram_cas_n;
	output		sdram_we_n;
	output	[1:0]	sdram_dqm;
	output	[1:0]	sdram_ba;
	output	[12:0]	sdram_a;
	input	[15:0]	sdram_d_i;
	output	[15:0]	sdram_d_oe;
	output	[15:0]	sdram_d_o;
	// test
	input		option;

// sdram_wbif
	wire		wbif_write_req;
	wire	[3:0]	wbif_write_byte;
	wire	[31:0]	wbif_write_address;
	wire	[31:0]	wbif_write_data;
	//wire		wbif_write_ack;
	reg		wbif_write_ack;
	wire		wbif_read_req;
	wire	[3:0]	wbif_read_byte;
	wire	[31:0]	wbif_read_address;
	wire	[31:0]	wbif_read_data;
	//wire		wbif_read_ack;
	reg		wbif_read_ack;

// sdram_core
	//wire		core_write_req;
	reg		core_write_req;
	wire	[3:0]	core_write_byte;
	wire	[31:0]	core_write_address;
	wire	[31:0]	core_write_data;
	wire		core_write_ack;
	//wire		core_read_req;
	reg		core_read_req;
	wire	[3:0]	core_read_byte;
	wire	[31:0]	core_read_address;
	wire	[31:0]	core_read_data;
	wire		core_read_ack;

	// sdram_wbif(DOMAIN WinsboneClock)
	tessera_sdram_wbif i_tessera_sdram_wbif (
		.res(		sys_wb_res),
		.clk(		sys_wb_clk),
		.wb_cyc_i(	wb_cyc_i),
		.wb_stb_i(	wb_stb_i),
		.wb_adr_i(	wb_adr_i),
		.wb_sel_i(	wb_sel_i),
		.wb_we_i(	wb_we_i),
		.wb_dat_i(	wb_dat_i),
		.wb_cab_i(	wb_cab_i),
		.wb_dat_o(	wb_dat_o),
		.wb_ack_o(	wb_ack_o),
		.wb_err_o(	wb_err_o),
		.write_req(	wbif_write_req),	// is ff
		.write_byte(	wbif_write_byte),	// is ff
		.write_address(	wbif_write_address),	// is ff
		.write_data(	wbif_write_data),	// is ff
		.write_ack(	wbif_write_ack),
		.read_req(	wbif_read_req),		// is ff
		.read_byte(	wbif_read_byte),	// is ff
		.read_address(	wbif_read_address),	// is ff
		.read_data(	wbif_read_data),
		.read_ack(	wbif_read_ack)
	);

//
// no-mt1-mt2(TYPE A:same clock)
// 
// sync (sys_wbif_clk<=>sys_sdram_clk) , small & fastpath , danger
/*
	// sd to wb
	assign wbif_write_ack		= core_write_ack;
	assign wbif_read_data		= core_read_data;
	assign wbif_read_ack		= core_read_ack;
	// wb to sd
	assign core_write_req		= wbif_write_req;
	assign core_write_byte		= wbif_write_byte;
	assign core_write_address	= wbif_write_address;
	assign core_write_data		= wbif_write_data;
	assign core_read_req		= wbif_read_req;
	assign core_read_byte		= wbif_read_byte;
	assign core_read_address	= wbif_read_address;
*/
//
// only startpoint(TYPE B:same clock,pos<->neg,timeing is safety)
//
// sync
// sd to wb
/*
	reg		mt_write_ack;
	reg	[31:0]	mt_read_data;
	reg		mt_read_ack;
	always @(posedge sys_wb_clk or posedge sys_wb_res)
		if (sys_wb_res) begin
			mt_write_ack		<= 1'b0;
			mt_read_data		<= {4{8'h00}};
			mt_read_ack		<= 1'b0;
		end
		else begin
			mt_write_ack		<= core_write_ack;
			mt_read_data		<= core_read_data;
			mt_read_ack		<= core_read_ack;
		end
	reg		mt_write_req;
	reg	[3:0]	mt_write_byte;
	reg	[31:0]	mt_write_address;
	reg	[31:0]	mt_write_data;
	reg		mt_read_req;
	reg	[3:0]	mt_read_byte;
	reg	[31:0]	mt_read_address;
	always @(posedge sys_sdram_clk or posedge sys_sdram_res)
		if (sys_sdram_res) begin
			mt_write_req		<= 1'b0;
			mt_write_byte		<= {4{1'b0}};
			mt_write_address	<= 32'd0;
			mt_write_data		<= {4{8'h00}};
			mt_read_req		<= 1'b0;
			mt_read_byte		<= {4{1'b0}};
			mt_read_address		<= 32'd0;
		end
		else begin
			mt_write_req		<= wbif_write_req;
			mt_write_byte		<= wbif_write_byte;
			mt_write_address	<= wbif_write_address;
			mt_write_data		<= wbif_write_data;
			mt_read_req		<= wbif_read_req;
			mt_read_byte		<= wbif_read_byte;
			mt_read_address		<= wbif_read_address;
		end
	// sd to wb
	assign wbif_write_ack		= mt_write_ack;
	assign wbif_read_data		= mt_read_data;
	assign wbif_read_ack		= mt_read_ack;
	// wb to sd
	assign core_write_req		= mt_write_req;
	assign core_write_byte		= mt_write_byte;
	assign core_write_address	= mt_write_address;
	assign core_write_data		= mt_write_data;
	assign core_read_req		= mt_read_req;
	assign core_read_byte		= mt_read_byte;
	assign core_read_address	= mt_read_address;
*/
//
// mt1 mt2(TYPE C:other clock)
//
// not need to sync (sys_wbif_clk<=>sys_sdram_clk)
// sd to wb
	reg		mt1_write_ack;
	reg	[31:0]	mt1_read_data;
	reg		mt1_read_ack;
	always @(posedge sys_wb_clk or posedge sys_wb_res)
		if (sys_wb_res) begin
			mt1_write_ack		<= 1'b0;
			mt1_read_data		<= {4{8'h00}};
			mt1_read_ack		<= 1'b0;
		end
		else begin
			mt1_write_ack		<= core_write_ack;
			mt1_read_data		<= core_read_data;
			mt1_read_ack		<= core_read_ack;
		end
	reg		mt2_write_ack;
	reg	[31:0]	mt2_read_data;
	reg		mt2_read_ack;
	always @(posedge sys_wb_clk or posedge sys_wb_res)
		if (sys_wb_res) begin
			mt2_write_ack		<= 1'b0;
			mt2_read_data		<= {4{8'h00}};
			mt2_read_ack		<= 1'b0;
		end
		else begin
			mt2_write_ack		<= mt1_write_ack;
			mt2_read_data		<= mt1_read_data;
			mt2_read_ack		<= mt1_read_ack;
		end
	reg		mt1_write_req;
	reg	[3:0]	mt1_write_byte;
	reg	[31:0]	mt1_write_address;
	reg	[31:0]	mt1_write_data;
	reg		mt1_read_req;
	reg	[3:0]	mt1_read_byte;
	reg	[31:0]	mt1_read_address;
	always @(posedge sys_sdram_clk or posedge sys_sdram_res)
		if (sys_sdram_res) begin
			mt1_write_req		<= 1'b0;
			mt1_write_byte		<= {4{1'b0}};
			mt1_write_address	<= 32'd0;
			mt1_write_data		<= {4{8'h00}};
			mt1_read_req		<= 1'b0;
			mt1_read_byte		<= {4{1'b0}};
			mt1_read_address	<= 32'd0;
		end
		else begin
			mt1_write_req		<= wbif_write_req;
			mt1_write_byte		<= wbif_write_byte;
			mt1_write_address	<= wbif_write_address;
			mt1_write_data		<= wbif_write_data;
			mt1_read_req		<= wbif_read_req;
			mt1_read_byte		<= wbif_read_byte;
			mt1_read_address	<= wbif_read_address;
		end
	reg		mt2_write_req;
	reg	[3:0]	mt2_write_byte;
	reg	[31:0]	mt2_write_address;
	reg	[31:0]	mt2_write_data;
	reg		mt2_read_req;
	reg	[3:0]	mt2_read_byte;
	reg	[31:0]	mt2_read_address;
	always @(posedge sys_sdram_clk or posedge sys_sdram_res)
		if (sys_sdram_res) begin
			mt2_write_req		<= 1'b0;
			mt2_write_byte		<= {4{1'b0}};
			mt2_write_address	<= 32'd0;
			mt2_write_data		<= {4{8'h00}};
			mt2_read_req		<= 1'b0;
			mt2_read_byte		<= {4{1'b0}};
			mt2_read_address	<= 32'd0;
		end
		else begin
			mt2_write_req		<= mt1_write_req;
			mt2_write_byte		<= mt1_write_byte;
			mt2_write_address	<= mt1_write_address;
			mt2_write_data		<= mt1_write_data;
			mt2_read_req		<= mt1_read_req;
			mt2_read_byte		<= mt1_read_byte;
			mt2_read_address	<= mt1_read_address;
		end
// sd to wb
	//assign wbif_write_ack		= mt2_write_ack;
	//assign wbif_read_ack		= mt2_read_ack;
	always @(posedge sys_wb_clk or posedge sys_wb_res)
		if (sys_wb_res) begin
			wbif_write_ack	<= 1'b0;
			wbif_read_ack	<= 1'b0;
		end
		else begin
			wbif_write_ack	<= mt2_write_ack;	// can not load data, so must +1delay
			wbif_read_ack	<= mt2_read_ack;	// can not load data, so must +1delay
		end
	assign wbif_read_data		= mt2_read_data;

// wb to sd
	//assign core_write_req		= mt2_write_req;
	//assign core_read_req		= mt2_read_req;
	always @(posedge sys_sdram_clk or posedge sys_sdram_res)
		if (sys_sdram_res) begin
			core_write_req	<= 1'b0;
			core_read_req	<= 1'b0;
		end
		else begin
			core_write_req	<= mt2_write_req;	// can not load data, so must +1delay
			core_read_req	<= mt2_read_req;	// can not load data, so must +1delay
		end
	assign core_write_byte		= mt2_write_byte;
	assign core_write_address	= mt2_write_address;
	assign core_write_data		= mt2_write_data;
	assign core_read_byte		= mt2_read_byte;
	assign core_read_address	= mt2_read_address;

// inst
	tessera_sdram_core i_tessera_sdram_core (
		.res(		sys_sdram_res),
		.clk(		sys_sdram_clk),
		.write_req(	core_write_req),
		.write_byte(	core_write_byte),
		.write_address(	core_write_address),
		.write_data(	core_write_data),
		.write_ack(	core_write_ack),	// is ff signal
		.read_req(	core_read_req),
		.read_byte(	core_read_byte),
		.read_address(	core_read_address),
		.read_data(	core_read_data),	// is ff signal
		.read_ack(	core_read_ack),		// is ff signal
		.dma_req(	dma_req),
		.dma_address(	dma_address),
		.dma_ack(	dma_ack),
		.dma_exist(	dma_exist),
		.dma_data(	dma_data),
		.sdram_clk(	sdram_clk),
		.sdram_cke(	sdram_cke),
		.sdram_cs_n(	sdram_cs_n),
		.sdram_ras_n(	sdram_ras_n),
		.sdram_cas_n(	sdram_cas_n),
		.sdram_we_n(	sdram_we_n),
		.sdram_dqm(	sdram_dqm),
		.sdram_ba(	sdram_ba),
		.sdram_adr(	sdram_a),
		.sdram_d_i(	sdram_d_i),
		.sdram_d_oe(	sdram_d_oe),
		.sdram_d_o(	sdram_d_o),
		.option(	option)
	);

endmodule